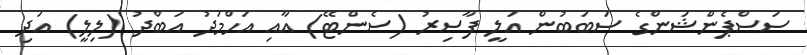
ސަސްޕެންޝަންގެ ސަބަބުން އަލީ ފާސިރު (ސެންޓޭ) އާއި އަހްމަދު އަބްދު (ލިލީ) އަދި